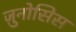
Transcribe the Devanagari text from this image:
ज़ुनोसिस